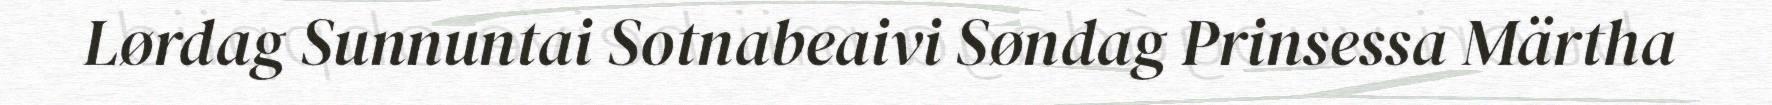
Lørdag Sunnuntai Sotnabeaivi Søndag Prinsessa Märtha